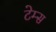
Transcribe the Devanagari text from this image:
टेम्‍स